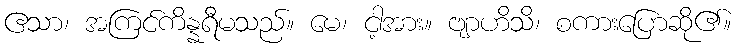
ဧသာ၊ အကြင်ကိန္နရီမသည်။ မေ၊ ငါ့အား။ ဗျာဟိသိ၊ စကားပြောဆို၏။